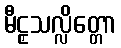
မီဠှသလ္လိတ္တော